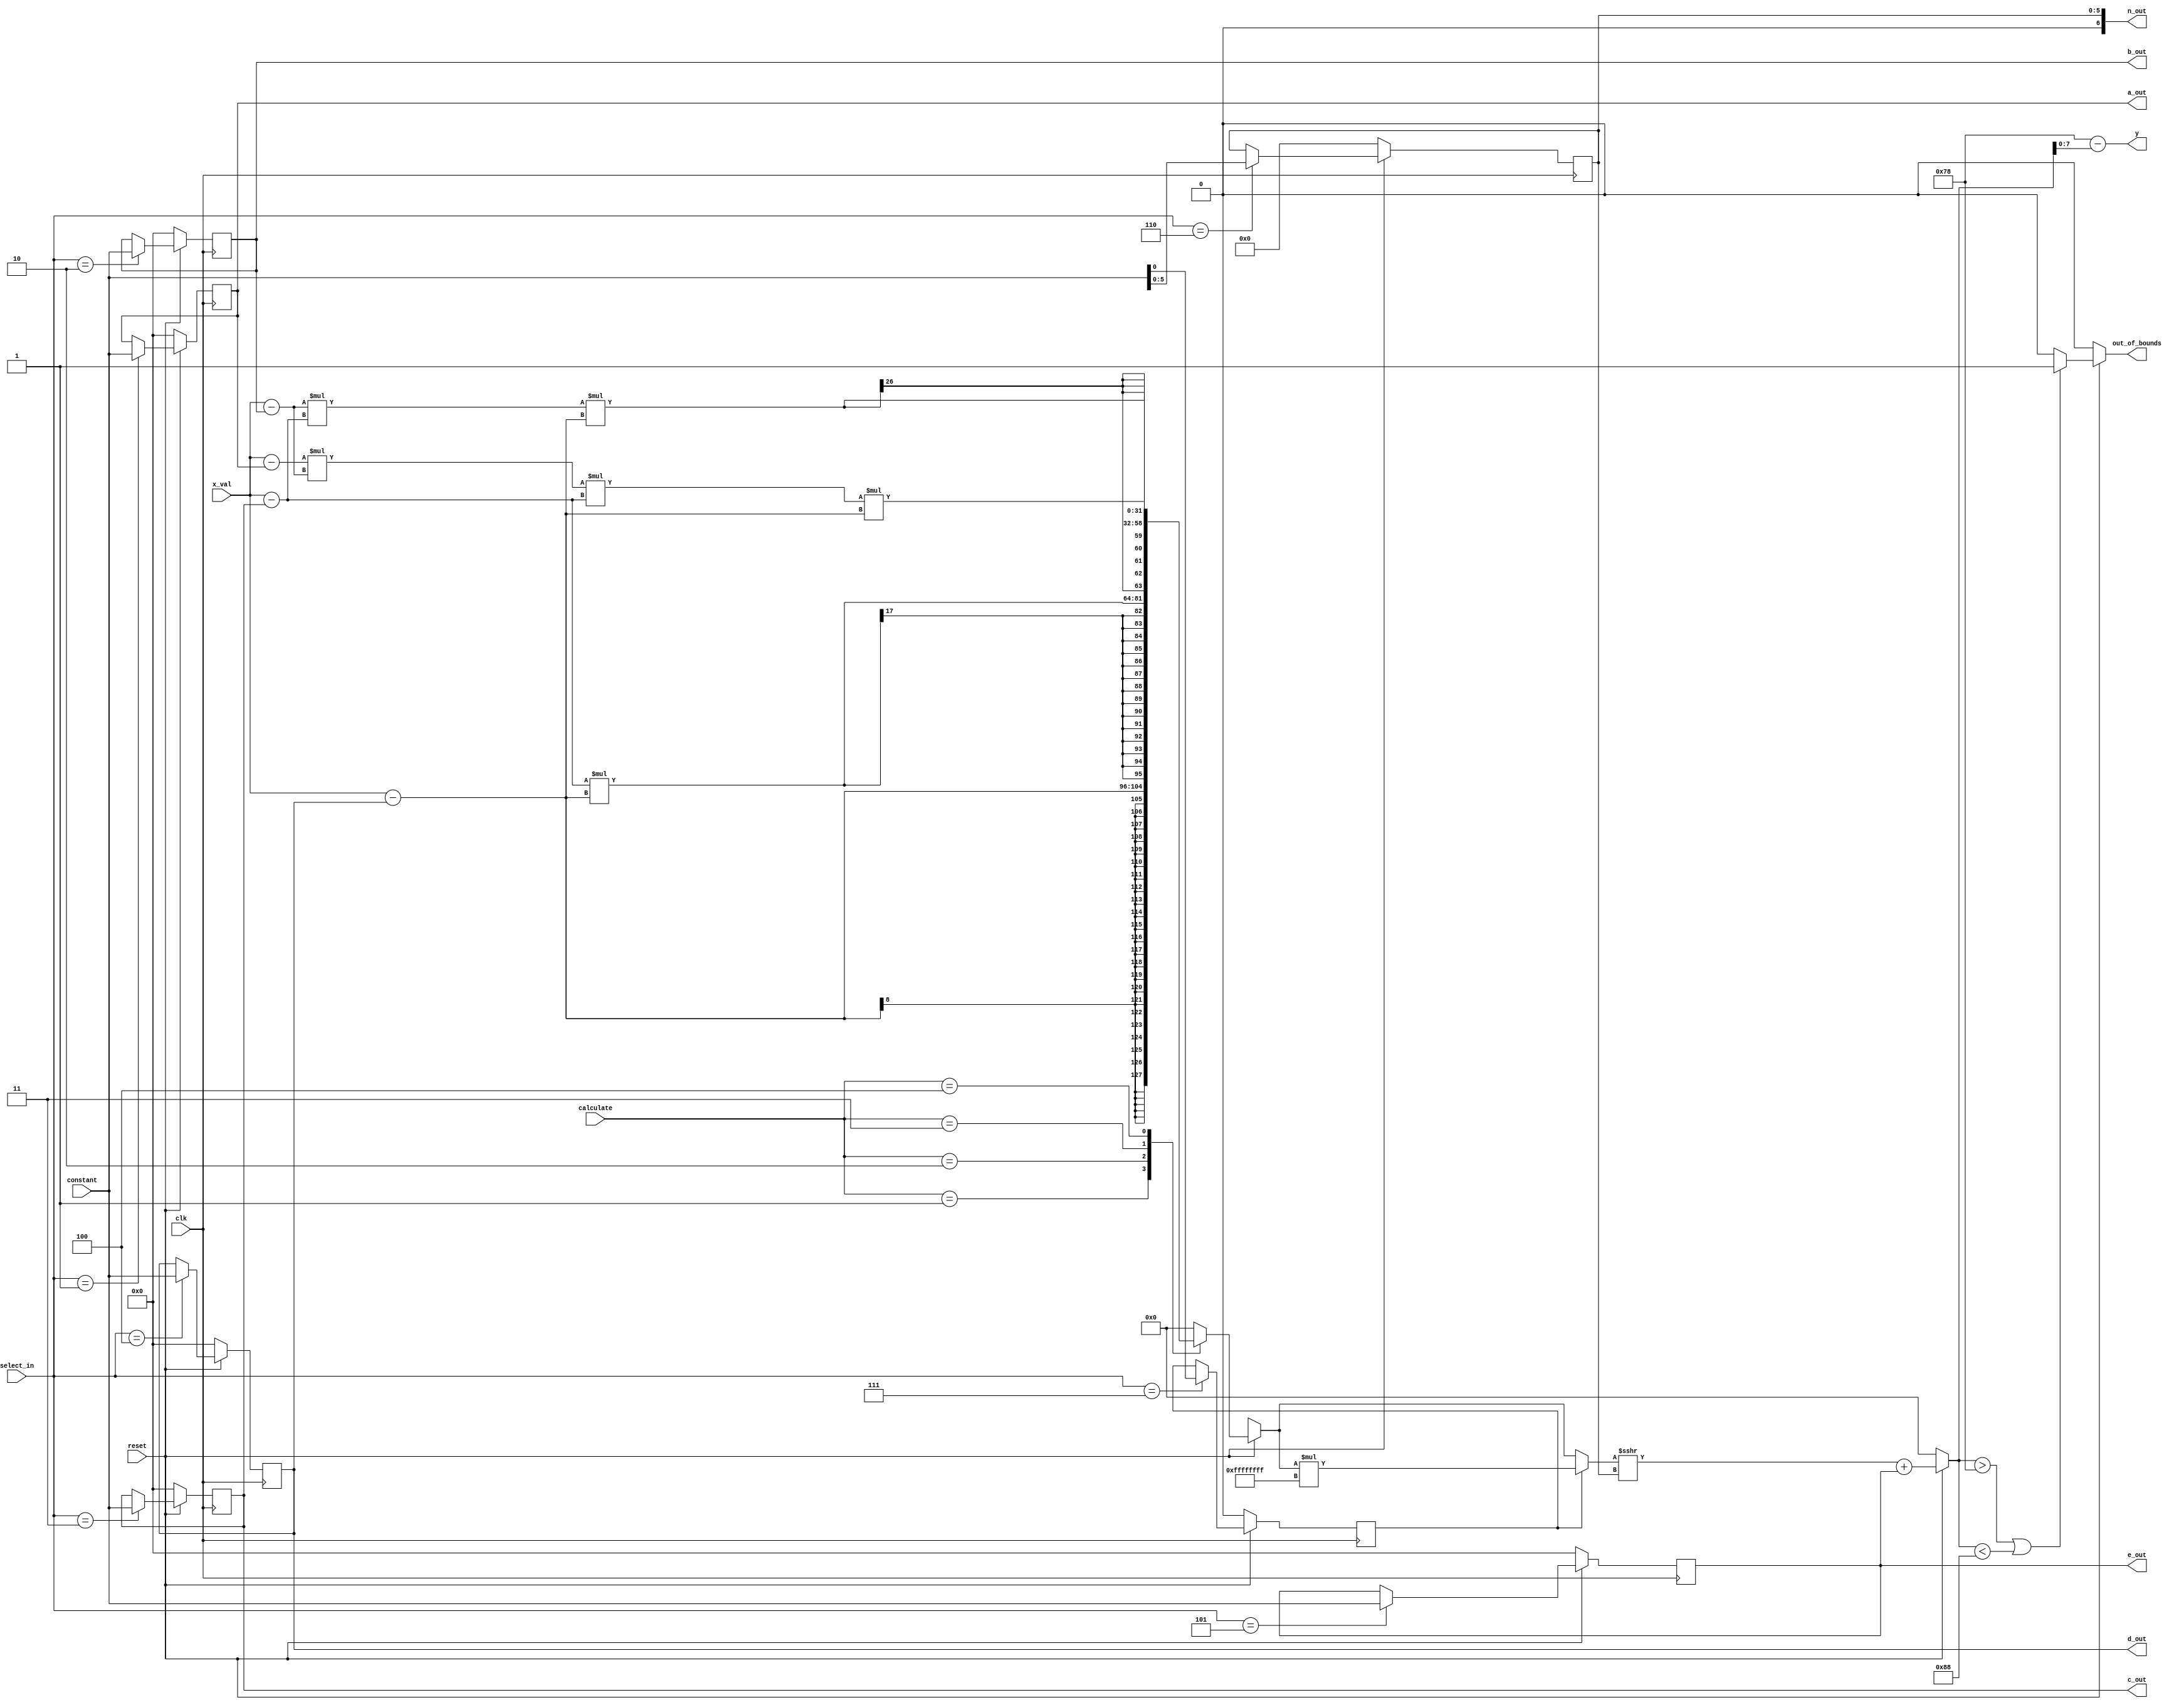
module Function_Generator (
    input clk,
    input reset,
    input signed [7:0] x_val,
	input [2:0] select_in, // which register to store
	input [2:0] calculate,
	input signed [6:0] constant,
	
	output reg out_of_bounds,
	output [7:0] y,
    output wire signed [6:0] a_out, b_out, c_out, d_out, e_out, n_out
	);
	/*
	Module that given a signed x_val calculates a y value according to the function
	stored in the registers.
	*/
	
	localparam signed // Constants for screen bounds
                      Y_MAX = 120,
                      Y_MIN = -120,
                      // Negative 1
                      NEG = {32{1'sb1}};
	
	// Internal registers
	reg signed [6:0] a, b, c, d, e; // Roots of the function
	reg [5:0] n; // Used as scaling constant n in equation 1/2^n
    reg s; // Used to reflect function across axes
    
    assign a_out = a;
    assign b_out = b;
    assign c_out = c;
    assign d_out = d;
    assign e_out = e;
    assign n_out = n;
    
	reg signed [31:0] y_temp_signed; // Stores initial calculation of y
	wire[31:0] y_temp; // Stores y value that checks for boundary
    
	// Should an initialization be put here?

	// Selects registers that constant is stored into
	// Should sequential be put into one giant always block?
	always @(posedge clk)
	begin
	    if (!reset) begin
		    a = {7{1'b0}};
			b = {7{1'b0}};
			c = {7{1'b0}};
			d = {7{1'b0}};
			e = {7{1'b0}};
			n = {3{1'b0}};
            s = 1'b0;
			end
	    else begin
		    case(select_in)
				3'b001 : a = constant;
				3'b010 : b = constant;
				3'b011 : c = constant;
				3'b100 : d = constant;
				3'b101 : e = constant;
				3'b110 : n = constant[5:0];
                3'b111 : s = constant[0];
				default : begin // Set defaults
				         a = a;
					     b = b;
					     c = c;
					     d = d;
					     e = e;
					     n = n;
                         s = s;
				    end
			endcase
		end
	end
	
	// Calculates y based on the degree
	always @(*)
	begin
	    if (!reset)
		    y_temp_signed <= {32{1'sb0}};
		else begin
		    case(calculate)
			    3'b000: y_temp_signed = 0;
			    3'b001: y_temp_signed = (x_val - d);
				3'b010: y_temp_signed = (x_val - c)*(x_val - d);
				3'b011: y_temp_signed = (x_val - b)*(x_val - c)*(x_val - d);
				3'b100: y_temp_signed = (x_val - a)*(x_val - b)*(x_val - c)*(x_val - d);
				default: y_temp_signed = {32{1'sb0}};
			endcase
            y_temp_signed = s ? y_temp_signed * (NEG) : y_temp_signed; // Flips if sign bit is on
			y_temp_signed <= (y_temp_signed >>> n) + e; // ARS based on scaling value
		end
	end

	// Sends out of bounds signal if y is too large
	always @ (*)
	begin
	    if (!reset)
		    out_of_bounds = 1'b0;
		else begin
		    if (y_temp_signed > Y_MAX || y_temp_signed < Y_MIN)
			   out_of_bounds = 1'b1;
            else
               out_of_bounds = 1'b0;
	    end
	end
	
	// Combinational logic
	assign y_temp = Y_MAX - y_temp_signed;
	assign y = y_temp[7:0];
		
endmodule